Annual report on the working of the lock hospitals in the Central Provinces
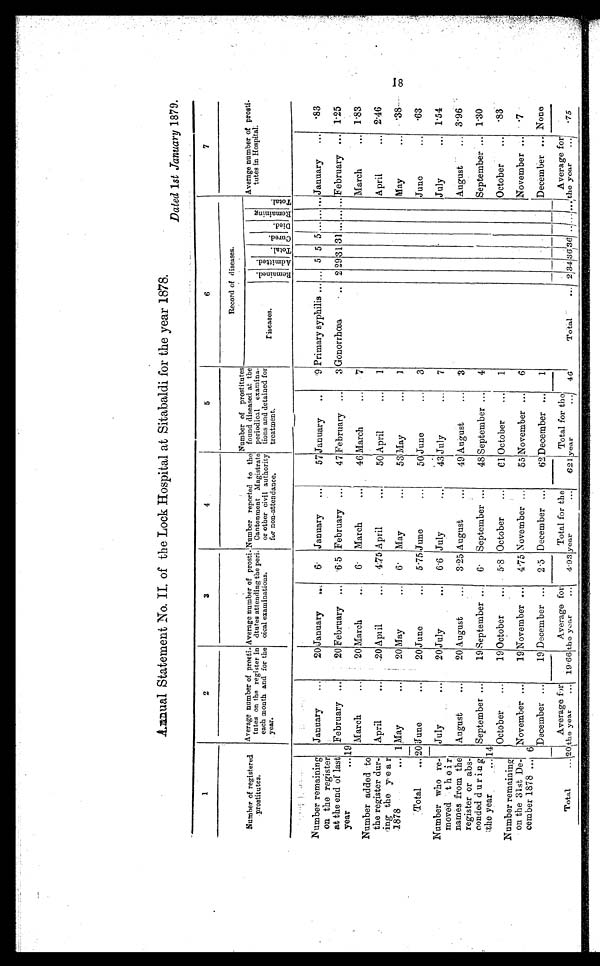
Dated 1st January 1879.
1
2
3
4
5
6
7
Number of registered
prostitutes.
Average number of prosti-
tutes on the register in
each each month and for the
year.
Average number of prosti
-dtutes attending the
p e r i -
oical examinations.
Number reported to the
Cantonment Magistrate
civil
or other civil authority
for non-attendance.
Number of prostitutes
found diseased at the
periodical examina-
tions and detained for
treatment.
Record of diseases.
Average number of prosti
- tutes in Hospital.
Diseases.
R e m a i n e d .
A d m i t t e d .
T o t a l . C u r e d .
D i e d .
R e m a i n i n g .
T o t a l .
Number remaining
on the register
at the end of las
year
...
January
...
20 January
...
6 . January
...
57 January
..
9 Primary syphilis ... ... 5 5 5 ... ... ... January
... ·83
19
February ...
20 February ...
6·5 February ...
47 February ...
3 Gonorrhœa
.. 2 29 3 131 ... ... ... February ... 1·25
Number added to
the register dur-
ing the year
1878...
March
. • •
20 March
..
6·
March
. . .
4 6 March ...
7
March
•••
1.83
April
. . .
20 April
...
4·75 April
...
50 April
...
1
April
... 2·46
1 May
...
20 May
...
6· May
•••
53 May
...
1
May
. . . ·38
Total
... 20June
. . .
20 June
...
5 . 75 June
...
50 June
...
3
June
... ·63
Number who re-
moved their
names from the
register or abs-
conded duri
ng the year
...
July
. . .
August
. . .
20
20
July
...
August
...
6 . 6
3·25
July
. . .
August
...
43
49
July
...
August
...
7
3
July
. . .
August
. . .
1·54
3·96
14
September ...
19 September ..
6·
September ...
48 September ...
4
September ... 1·30
Number remaining
on the 31st De-
cember 1878 ...
October
...
19 October
...
5·8 October
...
6 1 October
...
1
October
...
·83
6
November ...
19 November ...
4·75 November ...
55 November ...
6
November ... ·7
December ...
19 December ...
2·5 December
. . .
62 December ...
1
December ... None
Total
... 20
Average for
the year
...
19·66
Average for
the year
...
4·93
Total for the
year
. . .
621
Total for the
year
...
4 6
Total
... 2 34 36
3 6 . . . . . . . .
Average for
the year
...
·75
18